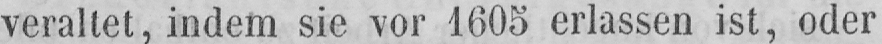
veraltet, indem sie vor 1605 erlassen ist, oder